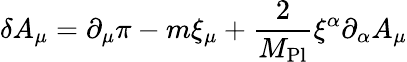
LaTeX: \delta A_{\mu}=\partial_{\mu}\pi-m\xi_{\mu}+{\frac{2}{M_{\mathrm{Pl}}}}\xi^{\alpha}\partial_{\alpha}A_{\mu}